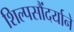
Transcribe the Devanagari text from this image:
शिल्पसौंदर्याने